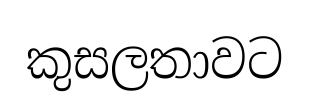
කුසලතාවට